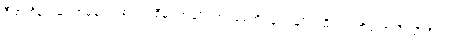
ဒီ စင်္ကြန်လမ်း အစွန်း တစ် ဖက်စီမှာ အမျိုးသား ရေအိမ်နဲ့ အမျိုးသမီး ရေအိမ် အသီးသီးရှိတယ်။